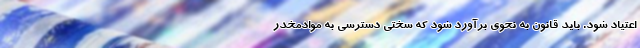
اعتیاد شود. باید قانون به نحوی برآورد شود که سختی دسترسی به موادمخدر